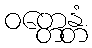
ဝတ္တေန္တံ